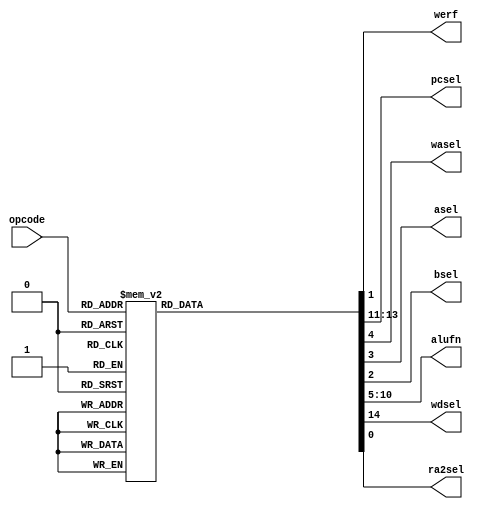
/*
   This file was generated automatically by the Mojo IDE version B1.3.6.
   Do not edit this file directly. Instead edit the original Lucid source.
   This is a temporary file and any changes made to it will be destroyed.
*/

module controllogic_11 (
    input [5:0] opcode,
    output reg werf,
    output reg [2:0] pcsel,
    output reg wasel,
    output reg asel,
    output reg bsel,
    output reg [5:0] alufn,
    output reg wdsel,
    output reg ra2sel
  );
  
  
  
  always @* begin
    alufn = 1'h0;
    werf = 1'h0;
    pcsel = 1'h0;
    wasel = 1'h0;
    asel = 1'h0;
    bsel = 1'h0;
    wdsel = 1'h1;
    ra2sel = 1'h0;
    
    case (opcode)
      6'h18: begin
        werf = 1'h1;
        bsel = 1'h1;
        asel = 1'h0;
        wasel = 1'h0;
        alufn = 6'h00;
        pcsel = 1'h0;
        wdsel = 2'h2;
      end
      6'h19: begin
        werf = 1'h0;
        bsel = 1'h1;
        asel = 1'h0;
        pcsel = 1'h0;
        alufn = 6'h00;
      end
      6'h1a: begin
        werf = 1'h1;
        bsel = 1'h1;
      end
      6'h02: begin
        pcsel = 2'h2;
        werf = 1'h0;
        wasel = 1'h0;
        wdsel = 1'h0;
        ra2sel = 1'h1;
      end
      6'h03: begin
        pcsel = 2'h2;
        werf = 1'h0;
        wasel = 1'h0;
        wdsel = 1'h0;
        ra2sel = 1'h1;
      end
      6'h1b: begin
        pcsel = 2'h2;
        werf = 1'h0;
        wasel = 1'h0;
        wdsel = 1'h0;
        ra2sel = 1'h1;
      end
      6'h1d: begin
        pcsel = 1'h1;
        werf = 1'h0;
        wdsel = 1'h0;
        wasel = 1'h0;
        ra2sel = 1'h1;
      end
      6'h1e: begin
        pcsel = 1'h1;
        werf = 1'h0;
        wdsel = 1'h0;
        wasel = 1'h0;
        ra2sel = 1'h1;
      end
      6'h1f: begin
        werf = 1'h1;
        wdsel = 2'h2;
        asel = 1'h1;
        alufn = 6'h1a;
        wasel = 1'h0;
        pcsel = 1'h0;
      end
      6'h20: begin
        alufn = 6'h00;
        werf = 1'h1;
        wdsel = 1'h1;
        bsel = 1'h0;
        wasel = 1'h0;
        pcsel = 1'h0;
        asel = 1'h0;
      end
      6'h21: begin
        alufn = 6'h01;
        werf = 1'h1;
        wdsel = 1'h1;
        bsel = 1'h0;
        wasel = 1'h0;
        pcsel = 1'h0;
        asel = 1'h0;
      end
      6'h22: begin
        alufn = 6'h02;
        werf = 1'h1;
        wdsel = 1'h1;
        bsel = 1'h0;
        wasel = 1'h0;
        pcsel = 1'h0;
        asel = 1'h0;
      end
      6'h23: begin
        alufn = 6'h03;
        werf = 1'h1;
        wdsel = 1'h1;
        bsel = 1'h0;
        wasel = 1'h0;
        pcsel = 1'h0;
        asel = 1'h0;
      end
      6'h24: begin
        alufn = 6'h33;
        werf = 1'h1;
        wdsel = 1'h1;
        bsel = 1'h0;
        wasel = 1'h0;
        pcsel = 1'h0;
        asel = 1'h0;
      end
      6'h25: begin
        alufn = 6'h35;
        werf = 1'h1;
        wdsel = 1'h1;
        bsel = 1'h0;
        wasel = 1'h0;
        pcsel = 1'h0;
        asel = 1'h0;
      end
      6'h26: begin
        alufn = 6'h37;
        werf = 1'h1;
        wdsel = 1'h1;
        bsel = 1'h0;
        wasel = 1'h0;
        pcsel = 1'h0;
        asel = 1'h0;
      end
      6'h28: begin
        alufn = 6'h18;
        werf = 1'h1;
        wdsel = 1'h1;
        bsel = 1'h0;
        wasel = 1'h0;
        pcsel = 1'h0;
        asel = 1'h0;
      end
      6'h29: begin
        alufn = 6'h1e;
        werf = 1'h1;
        wdsel = 1'h1;
        bsel = 1'h0;
        wasel = 1'h0;
        pcsel = 1'h0;
        asel = 1'h0;
      end
      6'h2a: begin
        alufn = 6'h16;
        werf = 1'h1;
        wdsel = 1'h1;
        bsel = 1'h0;
        wasel = 1'h0;
        pcsel = 1'h0;
        asel = 1'h0;
      end
      6'h2c: begin
        alufn = 6'h20;
        werf = 1'h1;
        wdsel = 1'h1;
        bsel = 1'h0;
        wasel = 1'h0;
        pcsel = 1'h0;
        asel = 1'h0;
      end
      6'h2d: begin
        alufn = 6'h21;
        werf = 1'h1;
        wdsel = 1'h1;
        bsel = 1'h0;
        wasel = 1'h0;
        pcsel = 1'h0;
        asel = 1'h0;
      end
      6'h2e: begin
        alufn = 6'h23;
        werf = 1'h1;
        wdsel = 1'h1;
        bsel = 1'h0;
        wasel = 1'h0;
        pcsel = 1'h0;
        asel = 1'h0;
      end
      6'h30: begin
        alufn = 6'h00;
        werf = 1'h1;
        wdsel = 1'h1;
        bsel = 1'h1;
        wasel = 1'h0;
        pcsel = 1'h0;
        asel = 1'h0;
      end
      6'h31: begin
        alufn = 6'h01;
        werf = 1'h1;
        wdsel = 1'h1;
        bsel = 1'h1;
        wasel = 1'h0;
        pcsel = 1'h0;
        asel = 1'h0;
      end
      6'h32: begin
        alufn = 6'h02;
        werf = 1'h1;
        wdsel = 1'h1;
        bsel = 1'h1;
        wasel = 1'h0;
        pcsel = 1'h0;
        asel = 1'h0;
      end
      6'h33: begin
        alufn = 6'h03;
        werf = 1'h1;
        wdsel = 1'h1;
        bsel = 1'h1;
        wasel = 1'h0;
        pcsel = 1'h0;
        asel = 1'h0;
      end
      6'h34: begin
        alufn = 6'h33;
        werf = 1'h1;
        wdsel = 1'h1;
        bsel = 1'h1;
        wasel = 1'h0;
        pcsel = 1'h0;
        asel = 1'h0;
      end
      6'h35: begin
        alufn = 6'h35;
        werf = 1'h1;
        wdsel = 1'h1;
        bsel = 1'h1;
        wasel = 1'h0;
        pcsel = 1'h0;
        asel = 1'h0;
      end
      6'h36: begin
        alufn = 6'h37;
        werf = 1'h1;
        wdsel = 1'h1;
        bsel = 1'h1;
        wasel = 1'h0;
        pcsel = 1'h0;
        asel = 1'h0;
      end
      6'h38: begin
        alufn = 6'h18;
        werf = 1'h1;
        wdsel = 1'h1;
        bsel = 1'h1;
        wasel = 1'h0;
        pcsel = 1'h0;
        asel = 1'h0;
      end
      6'h39: begin
        alufn = 6'h1e;
        werf = 1'h1;
        wdsel = 1'h1;
        bsel = 1'h1;
        wasel = 1'h0;
        pcsel = 1'h0;
        asel = 1'h0;
      end
      6'h3a: begin
        alufn = 6'h16;
        werf = 1'h1;
        wdsel = 1'h1;
        bsel = 1'h1;
        wasel = 1'h0;
        pcsel = 1'h0;
        asel = 1'h0;
      end
      6'h3c: begin
        alufn = 6'h20;
        werf = 1'h1;
        wdsel = 1'h1;
        bsel = 1'h1;
        wasel = 1'h0;
        pcsel = 1'h0;
        asel = 1'h0;
      end
      6'h3d: begin
        alufn = 6'h21;
        werf = 1'h1;
        wdsel = 1'h1;
        bsel = 1'h1;
        wasel = 1'h0;
        pcsel = 1'h0;
        asel = 1'h0;
      end
      6'h3e: begin
        alufn = 6'h23;
        werf = 1'h1;
        wdsel = 1'h1;
        bsel = 1'h1;
        wasel = 1'h0;
        pcsel = 1'h0;
        asel = 1'h0;
      end
    endcase
  end
endmodule